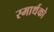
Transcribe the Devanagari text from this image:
स्मार्थको